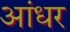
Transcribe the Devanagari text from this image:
आंधर